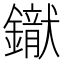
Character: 𨭢